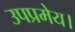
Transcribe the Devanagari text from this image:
उपप्रमेय।